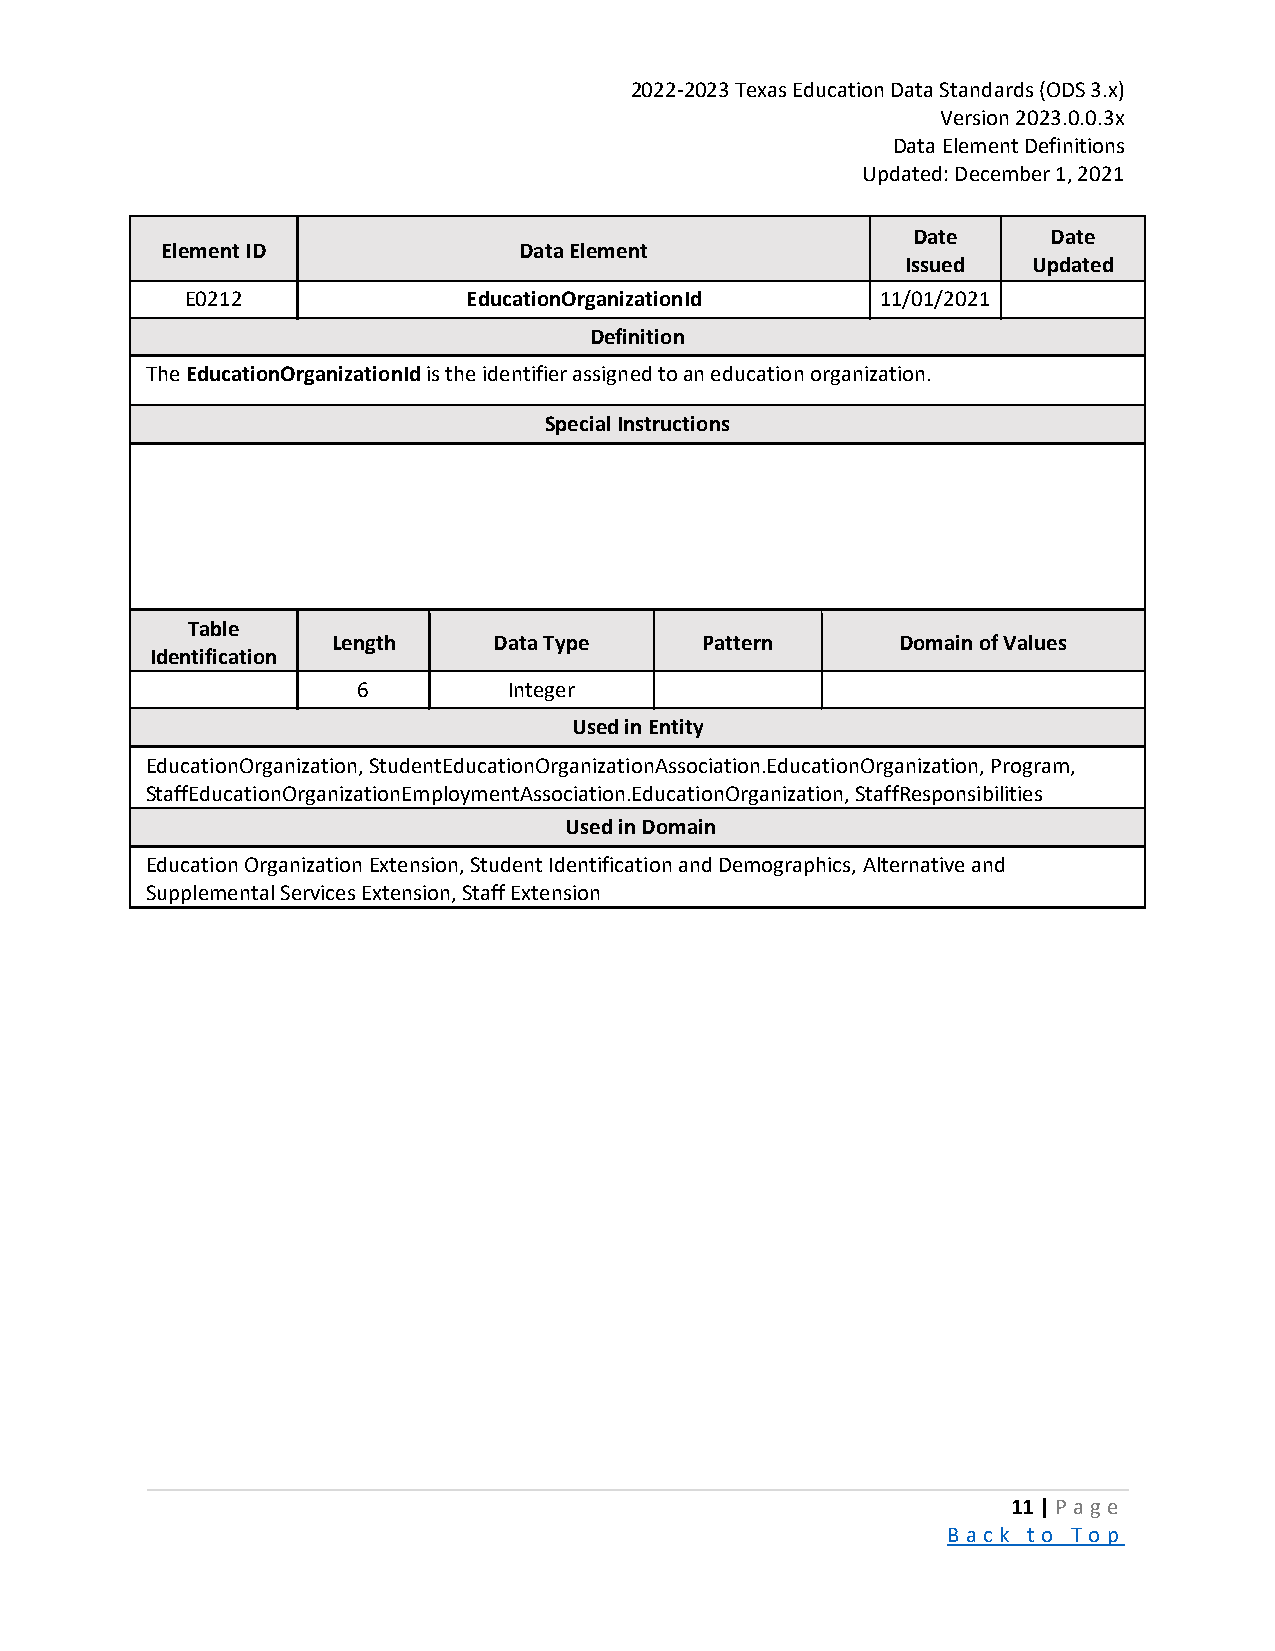
2022-2023 Texas Education Data Standards (ODS 3.x)
 Version 2023.0.0.3x
 Data Element Definitions
 Updated: December 1, 2021
 Date      Date
 Element ID             Data Element
 Issued  Updated
 E0212              EducationOrganizationId    11/01/2021
 Definition
 The EducationOrganizationId is the identifier assigned to an education organization.
 Special Instructions
 Table
 Length     Data Type    Pattern       Domain of Values
 Identification
 6         Integer
 Used in Entity
 EducationOrganization, StudentEducationOrganizationAssociation.EducationOrganization, Program,
 StaffEducationOrganizationEmploymentAssociation.EducationOrganization, StaffResponsibilities
 Used in Domain
 Education Organization Extension, Student Identification and Demographics, Alternative and
 Supplemental Services Extension, Staff Extension
 11 | P a ge
 B a ck to To p